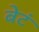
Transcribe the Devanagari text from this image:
बेटं